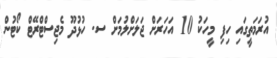
އުރަމަތީގައި ހިފި މީހަކު 10 އަހަރަށް ޖަލަށްލުމަށް ސ. ހުޅުދޫ މެޖިސްޓްރޭޓް ކޯޓުން